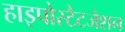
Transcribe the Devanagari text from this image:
हाइपोस्टैटजेशन